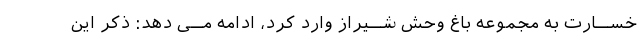
خســارت به مجموعه باغ وحش شــیراز وارد کرد، ادامه مــى دهد: ذکر این